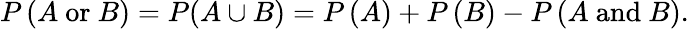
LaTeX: P\left(A{\mathrm{~or~}}B\right)=P(A\cup B)=P\left(A\right)+P\left(B\right)-P\left(A{\mathrm{~and~}}B\right).